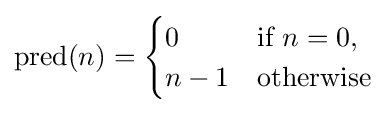
\operatorname {pred} (n)={\begin{cases}0&{\mbox{if }}n=0,\\n-1&{\mbox{otherwise}}\end{cases}}